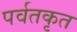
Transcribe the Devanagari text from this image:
पर्वतकृत